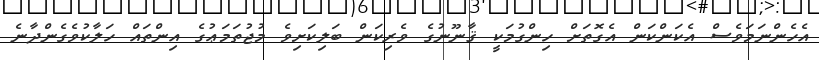
އެހެންނަމަވެސް އެކަންކަން އެގޮތަށް ހިންގުމަކީ ޤާނޫނުގެ ވެރިކަން ބަލިކަށިވެ މުޖުތަމަޢުގެ އިންތައް ހަލާކުވެގެންދާނެ